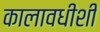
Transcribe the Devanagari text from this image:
कालावधीशी